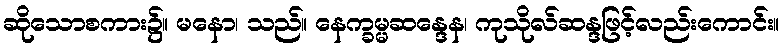
ဆိုသောစကား၌။ မနော၊ သည်။ နေက္ခမ္မဆန္ဒေန၊ ကုသိုလ်ဆန္ဒဖြင့်လည်းကောင်း။